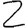
Digit: 2